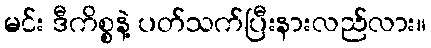
မင်း ဒီကိစ္စနဲ့ ပတ်သက်ပြီးနားလည်လား။